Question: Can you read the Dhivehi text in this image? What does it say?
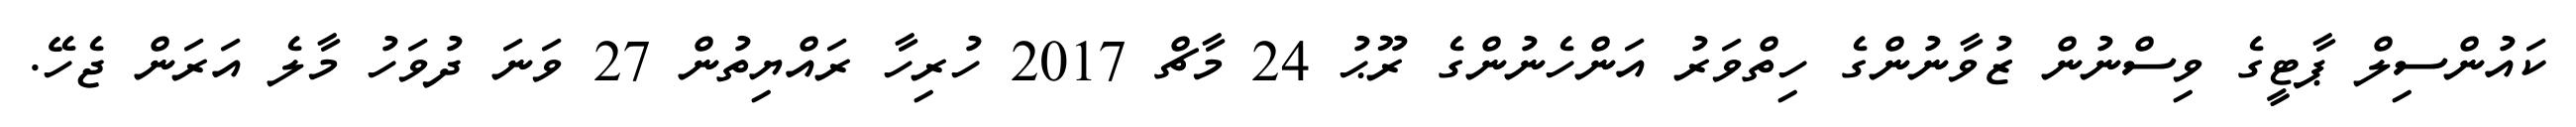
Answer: ކައުންސިލް ޕާޓީގެ ވިސްނުން ޒުވާނުންގެ ހިތްވަރު އަންހެނުންގެ ރޫޙު 24 މާޗް 2017 ހުރިހާ ރައްޔިތުން 27 ވަނަ ދުވަހު މާލެ އަރަން ޖެހޭ.